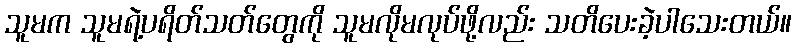
သူမက သူမရဲ့ပရိတ်သတ်တွေကို သူမလိုမလုပ်ဖို့လည်း သတိပေးခဲ့ပါသေးတယ်။